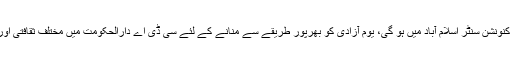
یوم آزادی کی تقریب 14اگست کو جناح کنونشن سنٹر اسلام آباد میں ہو گی، یوم آزادی کو بھرپور طریقے سے منانے کے لئے سی ڈی اے دارالحکومت میں مختلف ثقافتی اور کھیلوں کے مقابلوں کا انعقاد کرے گی۔